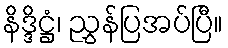
နိဒ္ဒိဋ္ဌံ၊ ညွှန်ပြအပ်ပြီ။